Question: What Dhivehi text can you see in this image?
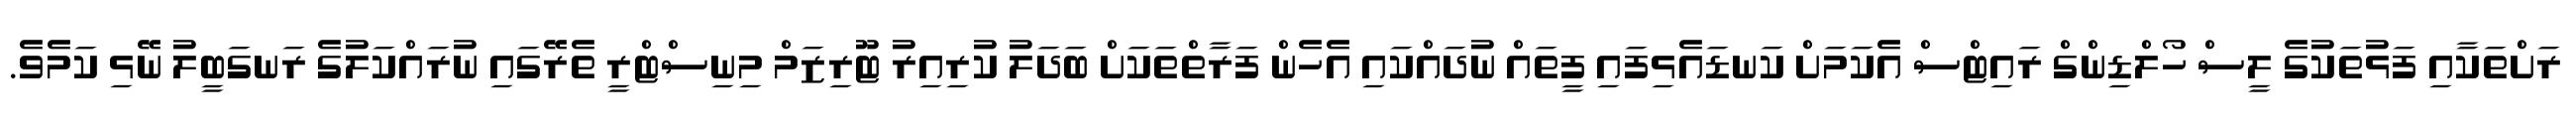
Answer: ރަށްތަކާއި ފަޅުތަކުގެ ލީސް ހޯލްޑިންގް ރައިޓްސް އެކަމަށް ކަނޑައެޅިފައި ފީތައް ނުދައްކައި އެހެން ފަރާތްތަކަށް ބަދަލު ކުރިއިރު ޓޫރިޒަމް މިނިސްޓްރީ ތެރޭގައި ނުރައްކަލުގެ ރަނގަބީލު ނޭޅި ކަމެވެ.